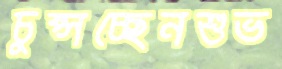
চুপ্‌সচ্ছেনশুভ